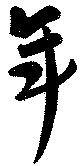
年